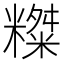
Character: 𥼨